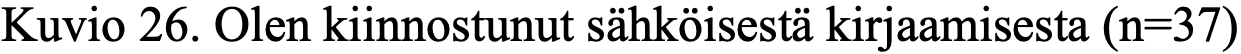
Kuvio 26. Olen kiinnostunut sähköisestä kirjaamisesta (n=37)